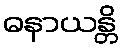
ဓနာယန္တိ